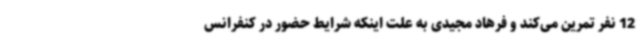
12 نفر تمرین می‌کند و فرهاد مجیدی به علت اینکه شرایط حضور در کنفرانس